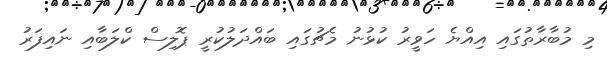
މި މުބާރާތުގައި އިއްޔެ ހަވީރު ކުޅުނު މެޗުގައި ބައްދަލުކުރީ ޕޮލިސް ކްލަބާއި ނައިފަރު